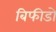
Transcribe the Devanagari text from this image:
बिफीडो